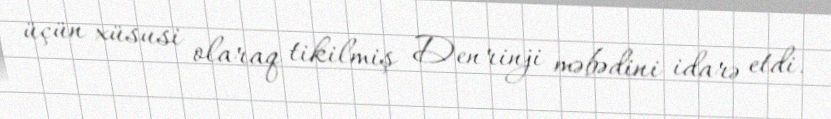
üçün xüsusi olaraq tikilmiş Denrinji məbədini idarə etdi.